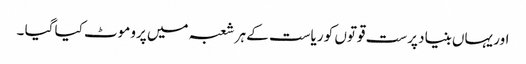
اور یہاں بنیاد پرست قوتوں کو ریاست کے ہر شعبہ میں پروموٹ کیا گیا ۔